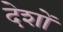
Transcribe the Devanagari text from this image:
देशों